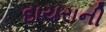
દાયરાની